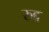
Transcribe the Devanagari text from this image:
रुद्द